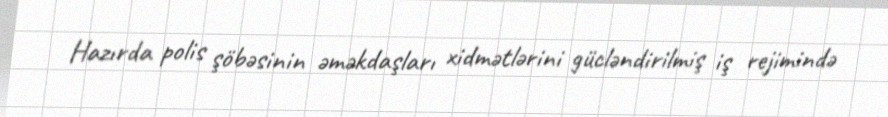
Hazırda polis şöbəsinin əməkdaşları xidmətlərini gücləndirilmiş iş rejimində